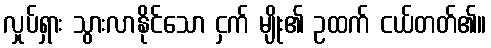
လှုပ်ရှား သွားလာနိုင်သော ငှက် မျိုး၏ ဥထက် ငယ်တတ်၏။